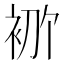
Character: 𫋶